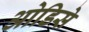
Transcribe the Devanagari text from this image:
ओडिसे